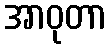
အာဝုတာ